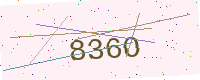
Text: 836O